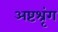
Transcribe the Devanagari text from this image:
अष्टश्रृंग